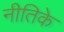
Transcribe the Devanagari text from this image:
नीतिके